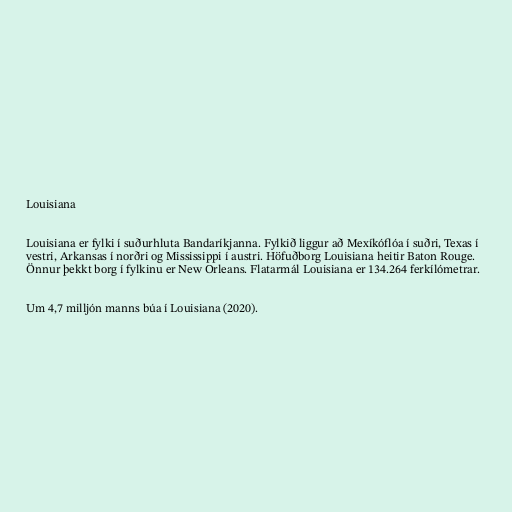
Louisiana

Louisiana er fylki í suðurhluta Bandaríkjanna. Fylkið liggur að Mexíkóflóa í suðri, Texas í
vestri, Arkansas í norðri og Mississippi í austri. Höfuðborg Louisiana heitir Baton Rouge.
Önnur þekkt borg í fylkinu er New Orleans. Flatarmál Louisiana er 134.264 ferkílómetrar.

Um 4,7 milljón manns búa í Louisiana (2020).